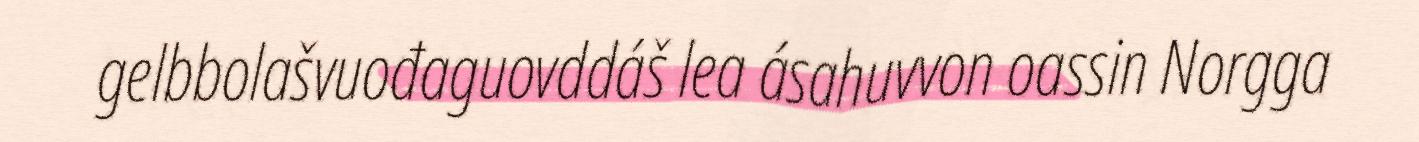
gelbbolašvuođaguovddáš lea ásahuvvon oassin Norgga